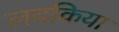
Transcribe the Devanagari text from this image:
लदकिया